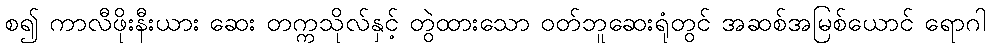
စ၍ ကာလီဖိုးနီးယား ဆေး တက္ကသိုလ်နှင့် တွဲထားသော ဝတ်ဘူဆေးရုံတွင် အဆစ်အမြစ်ယောင် ရောဂါ